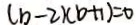
( b - 2 ) ( b + 1 ) = 0